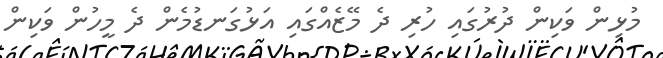
މުޅިން ވަކިން ދުރުގައި ހުރި ދެ މޭޒެއްގައި އަޅުގަނޑުމެން ދެ މީހުން ވަކިން